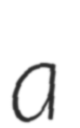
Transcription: a